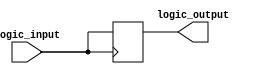
module io_block (
    input wire logic_input,
    output reg logic_output
);

    always @ (negedge logic_input) begin
        // Push-pull buffer implementation
        logic_output <= logic_input;
    end

endmodule